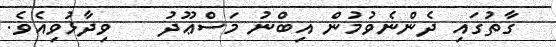
ގާތުގައި ދެންނެވުމުން އިބްނު މަސްޢޫދު    ވިދާޅުވިއެވެ.